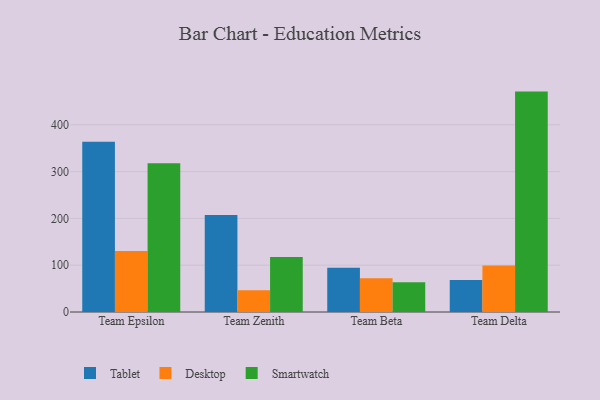
{"axis": {"x": "Team", "y": "Waste Production (Tons)"}, "legend": ["Desktop", "Smartwatch", "Tablet"], "data": [{"x": "Team Epsilon", "y": 363.7, "type": "Tablet"}, {"x": "Team Epsilon", "y": 130.4, "type": "Desktop"}, {"x": "Team Epsilon", "y": 317.7, "type": "Smartwatch"}, {"x": "Team Zenith", "y": 207.4, "type": "Tablet"}, {"x": "Team Zenith", "y": 46.6, "type": "Desktop"}, {"x": "Team Zenith", "y": 117.4, "type": "Smartwatch"}, {"x": "Team Beta", "y": 94.8, "type": "Tablet"}, {"x": "Team Beta", "y": 72.2, "type": "Desktop"}, {"x": "Team Beta", "y": 63.8, "type": "Smartwatch"}, {"x": "Team Delta", "y": 68.2, "type": "Tablet"}, {"x": "Team Delta", "y": 99.4, "type": "Desktop"}, {"x": "Team Delta", "y": 471.0, "type": "Smartwatch"}]}